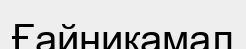
Ғайникамал